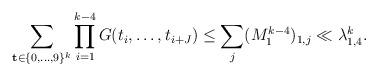
LaTeX: \begin{align*}\sum_{\mathbf{t}\in\{0,\dots,9\}^k}\prod_{i=1}^{k-4} G(t_i,\dots,t_{i+J})\le\sum_{j} (M_1^{k-4})_{1,j}\ll \lambda_{1,4}^{k}.\end{align*}